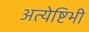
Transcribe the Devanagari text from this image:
अत्येष्टिभी